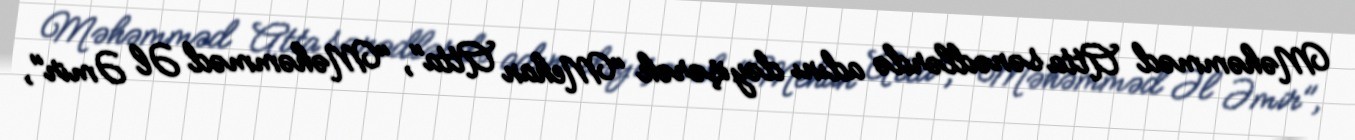
Məhəmməd Atta sənədlərdə adını dəyişərək "Mehan Atta", "Məhəmməd Əl Əmir",